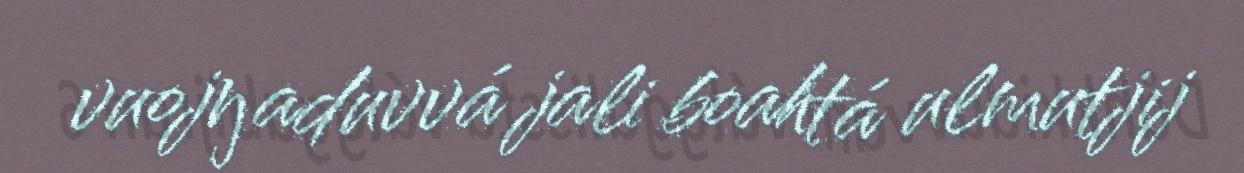
vuojŋaduvvá jali boahtá ulmutjij